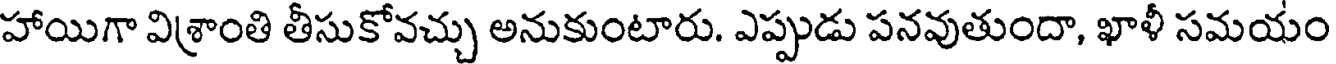
హాయిగా విశ్రాంతి తీసుకోవచ్చు అనుకుంటారు. ఎప్పుడు పనవుతుందా, ఖాళీ సమయం